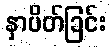
နှာပိတ်ခြင်း